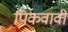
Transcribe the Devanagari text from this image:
पिकवावी